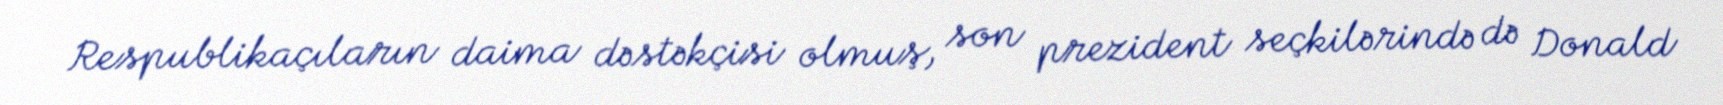
Respublikaçıların daima dəstəkçisi olmuş, son prezident seçkilərində də Donald